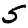
Digit: 5